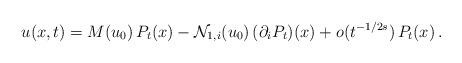
LaTeX: \begin{align*}u(x,t)= M(u_0)\,P_t(x)- {\mathcal N}_{1,i}(u_0)\,(\partial_iP_t)(x)+ o(t^{-1/2s})\,P_t(x)\,.\end{align*}